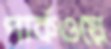
পার্কওয়ে